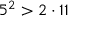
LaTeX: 5 ^ { 2 } > 2 \cdot 1 1